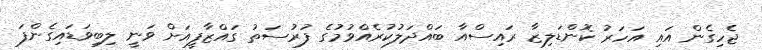
ޖެހިގެން އައި އަހަރު ކޮންޑަލިޒާ ރައިސްއާ ބައްދަލުކުރެއްވުމުގެ ފުރުސަތު ގައްޒާފީއަށް ވަނީ ލިބިވަޑައިގެންފަ